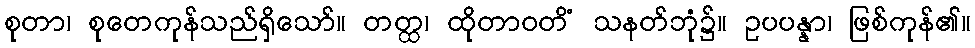
စုတာ၊ စုတေကုန်သည်ရှိသော်။ တတ္ထ၊ ထိုတာဝတိံ သနတ်ဘုံ၌။ ဥပပန္နာ၊ ဖြစ်ကုန်၏။